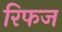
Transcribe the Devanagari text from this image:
रिफज